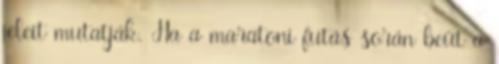
jeleit mutatják. Ha a maratoni futás során beüt a